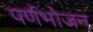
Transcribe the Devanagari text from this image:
पर्णभोजन